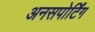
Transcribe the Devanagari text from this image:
अनसपोर्टिंग